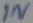
Text: IN